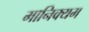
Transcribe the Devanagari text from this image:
मानिक्यम